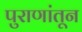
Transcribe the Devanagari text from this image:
पुराणांतून